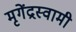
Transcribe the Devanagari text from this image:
मृगेंद्रस्वामी